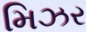
મિઝર